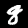
Digit: 8